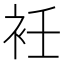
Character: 衽